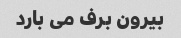
بیرون برف می بارد